Problem: 38 + 42 = ?
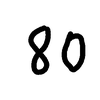
Handwritten answer: 80